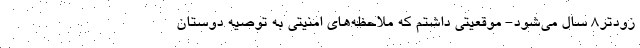
زودتر8 سال مي‌شود- موقعيتي داشتم كه ملاحظه‌هاي امنيتي به توصيه دوستان